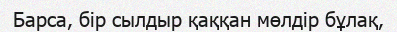
Барса, бір сылдыр қаққан мөлдір бұлақ,